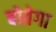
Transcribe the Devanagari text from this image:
बोतेगा